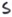
Text: S